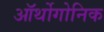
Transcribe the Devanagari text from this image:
ऑर्थोगोनिक